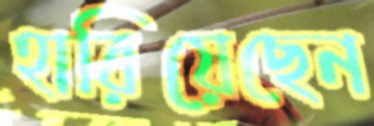
হারিয়েছেন